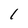
Character: 1